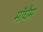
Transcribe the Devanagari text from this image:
मॉघैम